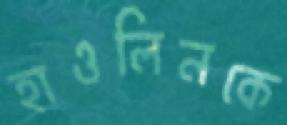
হাওলিনকে